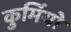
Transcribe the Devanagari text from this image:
कुर्मियो